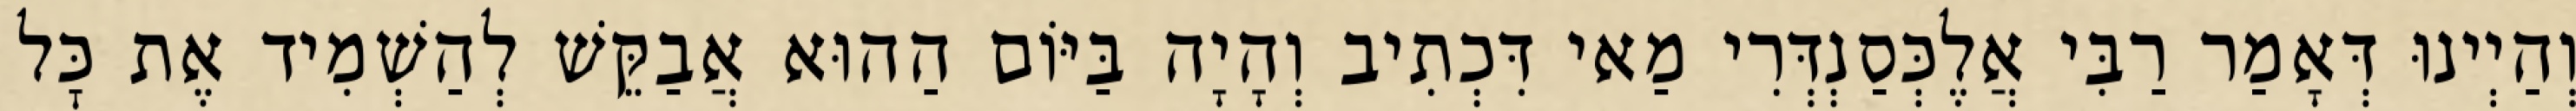
וְהַיְינוּ דְּאָמַר רַבִּי אֲלֶכְּסַנְדְּרִי מַאי דִּכְתִיב וְהָיָה בַּיּוֹם הַהוּא אֲבַקֵּשׁ לְהַשְׁמִיד אֶת כׇּל